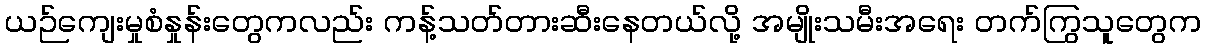
ယဉ်ကျေးမှုစံနှုန်းတွေကလည်း ကန့်သတ်တားဆီးနေတယ်လို့ အမျိုးသမီးအရေး တက်ကြွသူတွေက